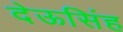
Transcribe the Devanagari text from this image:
देऊसिंह